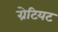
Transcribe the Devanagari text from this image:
ग्रेटियट